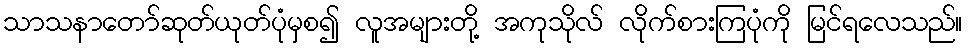
သာသနာတော်ဆုတ်ယုတ်ပုံမှစ၍ လူအများတို့ အကုသိုလ် လိုက်စားကြပုံကို မြင်ရလေသည်။